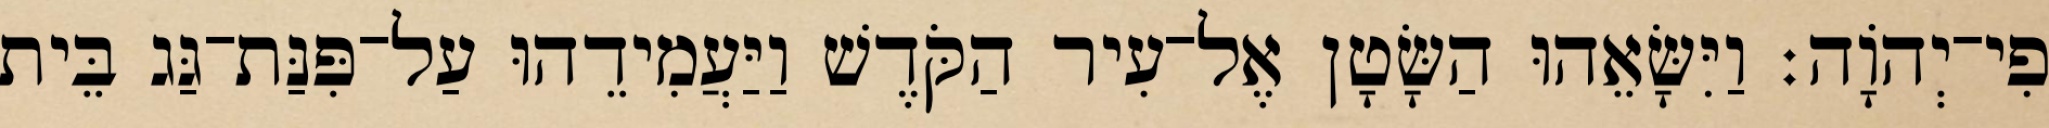
פִי־יְהוָֹה׃ וַיִּשָּׂאֵהוּ הַשָּׂטָן אֶל־עִיר הַקֹּדֶשׁ וַיַּעֲמִידֵהוּ עַל־פִּנַּת־גַּג בֵּית